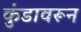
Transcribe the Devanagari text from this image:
कुंडावरून